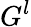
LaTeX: G^{l}